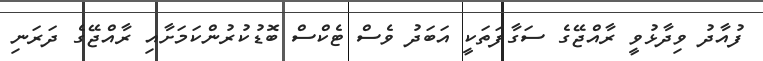
ފުއާދު ވިދާޅުވީ ރާއްޖޭގެ ސަގާފަތަކީ އަބަދު ވެސް ޓެކްސް ބޮޑުކުރުންކަމަށާއި ރާއްޖޭގެ ދަރަނި